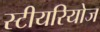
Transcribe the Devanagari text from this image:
स्टीयरियोज